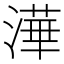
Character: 澕